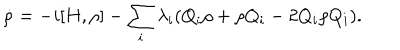
\dot { \rho } = - i [ H , \rho ] - \sum _ { i } ^ { } \lambda _ { i } ( Q _ { i } \rho + \rho Q _ { i } - 2 Q _ { i } \rho Q _ { i } ) .